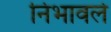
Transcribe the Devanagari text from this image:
निभावले